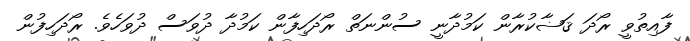
ފާއިތުވީ ރޯދަ ޤަޟާކުރާން ކަމުދާނީ ސުންނަތް ރޯދަހިފާން ކަމުދާ ދުވަސް ދުވަހެވެ. ރޯދަހިފުން